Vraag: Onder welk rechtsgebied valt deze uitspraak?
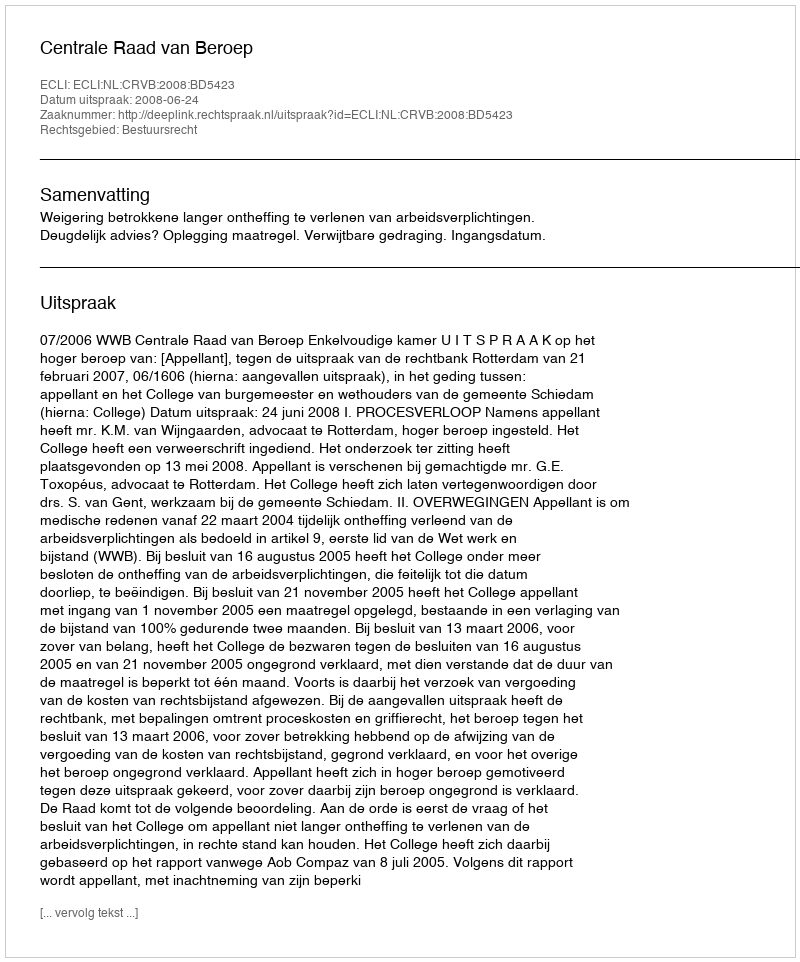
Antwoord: Bestuursrecht